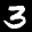
Label: 3